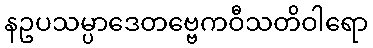
နဥပသမ္ပာဒေတဗ္ဗေကဝီသတိဝါရော